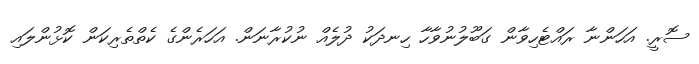
ސޮރީ. އަހަންނާ ރައްޓެހިވާން ގަބޫލުނުވާހާ ހިނދަކު ދުލެއް ނުކުރާނަން. އަހަރެންގެ ކެތްތެރިކަން ކޮޅުންލައި